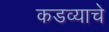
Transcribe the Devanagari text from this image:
कडव्याचे